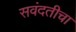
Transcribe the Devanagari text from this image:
सवंदतीचा